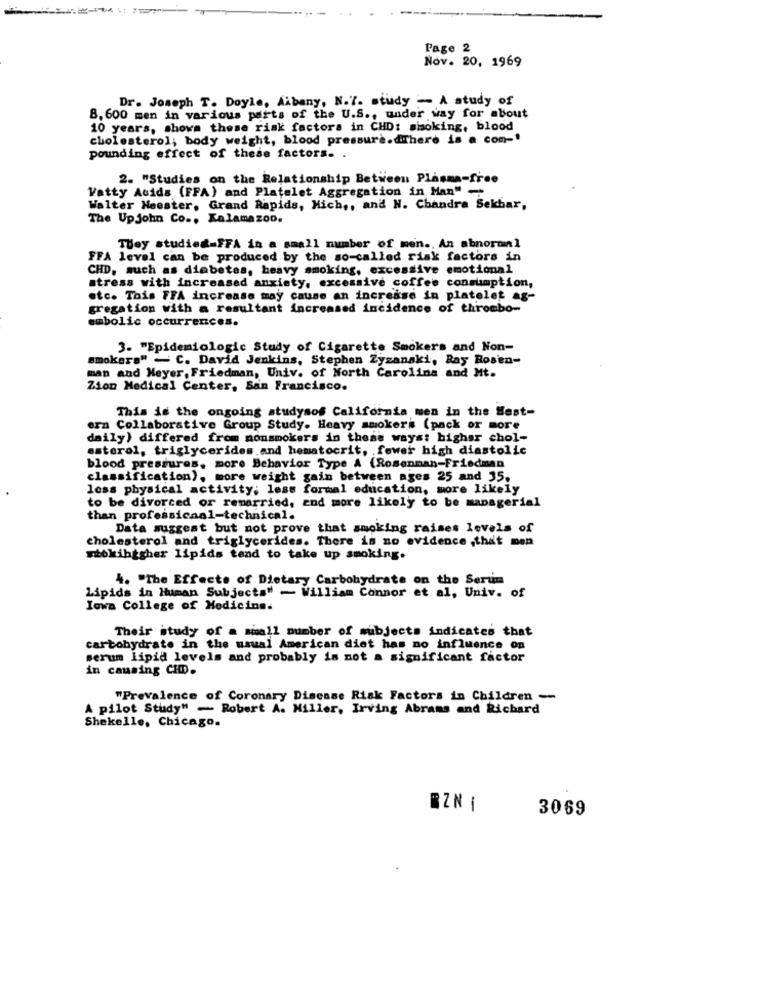
Page 2
Nov. 20, 1969
Dr. Joseph T. Doyle, Albany, N.T. study - A study of
8. 600 men in various parts of the U.S ., under way for about
10 years, shows these risk factors in CHD: smoking, blood
cholesterol; body weight, blood pressure.dThere is a com -!
pounding effect of these factors. .
2. "Studies on the Relationship Between Plasma-free
Vatty Acids (FFA) and Platelet Aggregation in Man"
Walter Heester, Grand Rapids, Mich ,, and N. Chandra Sekbar,
The Upjohn Co ., Kalamazoo.
They studied=FFA in a small number of men ., An abnormal
FFA level can be produced by the so-called risk factors in
CHD, such as diabetes, heavy smoking, excessive emotional
stress with increased anxiety, excessive coffee consumption,
etc. This FFA increase may cause an increase in platelet ag-
gregation with a resultant increased incidence of thrombo-
embolic occurrences.
3. "Epidemiologic Study of Cigarette Smokers and Non-
smokers" - C. David Jenkins, Stephen Zyzanaki, Ray Rosen-
man and Meyer, Friedman, Univ. of North Carolina and Mt.
Zion Medical Center, San Francisco.
This is the ongoing studysos California men in the West-
era Collaborative Group Study. Heavy smokers (pack or more
daily) differed from nonsmokers in these ways: higher chol-
esterol, triglycerides and hematocrit, fewer high diastolic
blood pressures. more Behavior Type A (Rosenman-Friedman
classification), more weight gain between ages 25 and 35,
less physical activity; less formal education, more likely
to be divorced or remarried, and more likely to be managerial
than professicaal-technical.
Data suggest but not prove that smoking raises levels of
cholesterol and triglycerides. There is no evidence ,that men
mokihigher lipids tend to take up smoking.
4. "The Effects of Dietary Carbohydrate on the Serum
Lipids in Human Subjects" - William Connor et al, Univ. of
Iowa College of Medicine.
Their study of a small number of subjects indicates that
carbohydrate in the usual American diet has no influence on
serum lipid levels and probably is not a significant factor
in causing CHD.
"Prevalence of Coronary Disease Risk Factors in Children --
A pilot Study" - Robert A. Miller, Irving Abrams and Richard
Shekelle, Chicago.
BZN 1
3069